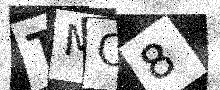
Text: TMC8